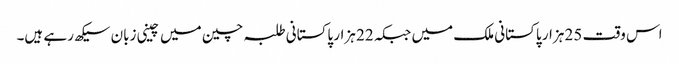
اس وقت 25 ہزار پاکستانی ملک میں جبکہ 22 ہزار پاکستانی طلبہ چین میں چینی زبان سیکھ رہے ہیں۔